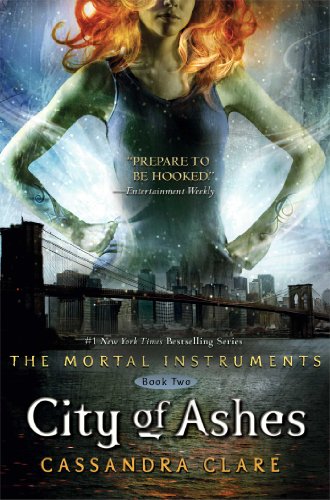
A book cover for City of Ashes (The Mortal Instruments); Cassandra Clare; Teen & Young Adult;